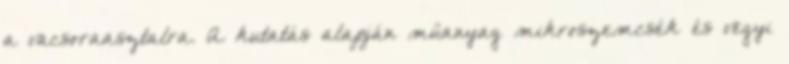
a vacsoraasztalra. A kutatás alapján műanyag mikroszemcsék és vegyi